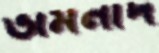
ভীমনাদ